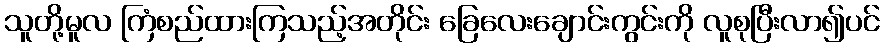
သူတို့မူလ ကြံစည်ထားကြသည့်အတိုင်း ခြေလေးချောင်းကွင်းကို လူစုပြီးလာ၍ပင်